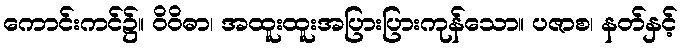
ကောင်းကင်၌။ ဝိဝိဓာ၊ အထူးထူးအပြားပြားကုန်သော။ ပဇာစ၊ နတ်နှင့်